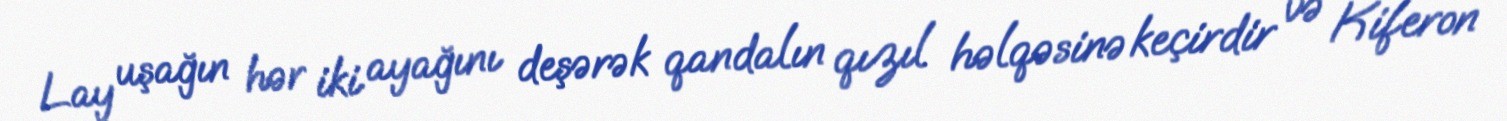
Lay uşağın hər iki ayağını deşərək qandalın qızıl həlqəsinə keçirdir və Kiferon